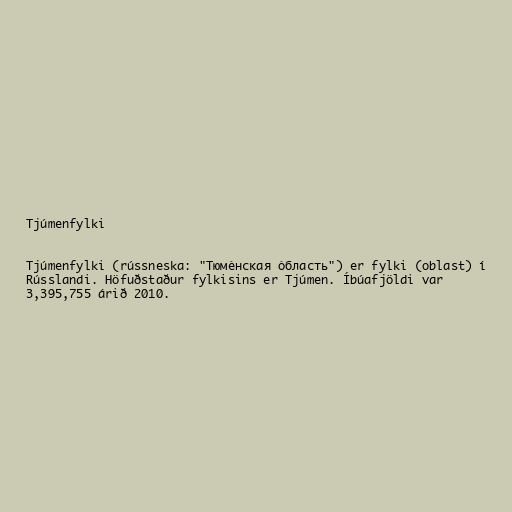
Tjúmenfylki

Tjúmenfylki (rússneska: "Тюме́нская о́бласть") er fylki (oblast) í
Rússlandi. Höfuðstaður fylkisins er Tjúmen. Íbúafjöldi var
3,395,755 árið 2010.